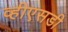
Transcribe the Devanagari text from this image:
व्हीएसडी